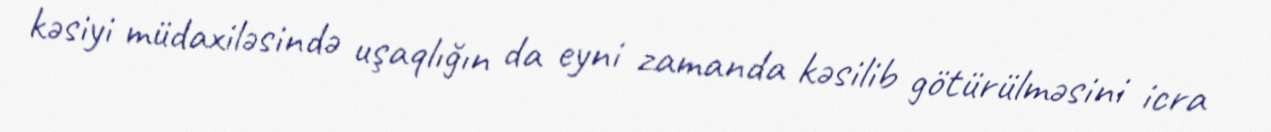
kəsiyi müdaxiləsində uşaqlığın da eyni zamanda kəsilib götürülməsini icra